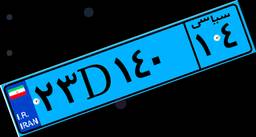
۲۳D۱۴۰۱۴